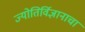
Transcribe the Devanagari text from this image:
ज्योतिर्विज्ञानाचा